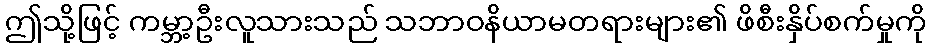
ဤသို့ဖြင့် ကမ္ဘာ့ဦးလူသားသည် သဘာဝနိယာမတရားများ၏ ဖိစီးနှိပ်စက်မှုကို